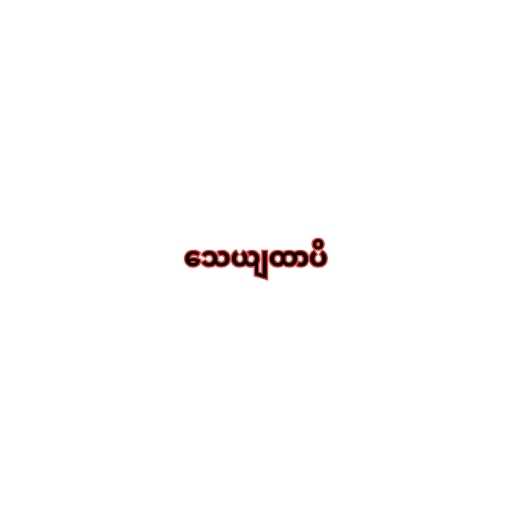
သေယျထာပိ